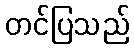
တင်ပြသည်